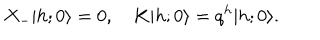
X _ { - } \vert h ; 0 \rangle = 0 , \quad K \vert h ; 0 \rangle = q ^ { h } \vert h ; 0 \rangle .